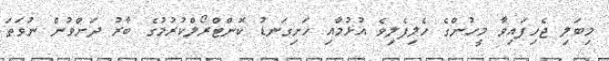
މިބަލި ޖެހިފައިވާ މީހުންގެ ހެލިފެލިވެ އުޅުމާއި ހަށިގަނޑު ކޮންޓްރޯލްކުރުމުގެ ބާރު ދަށްވުން ނުވަތަ